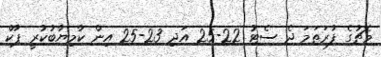
މެޗުގެ ފުރަތަމަ ދެ ސެޓު 22-25 އަދި 23-25 އިން ކާމިޔާބުކުރީ ޕާކް